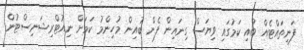
ފަނިތައްޓެއް ބުއި ކަމުގައި ވިޔަސް ގިނައިން ފެން ބުއިން މުހިންމު ކަމަށް ނިއުޓްރިޝަނިސްޓުން